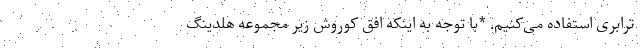
ترابری استفاده می‌کنیم. *با توجه به اینکه افق کوروش زیر مجموعه هلدینگ